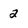
Character: 2